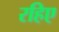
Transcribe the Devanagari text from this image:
रहिए